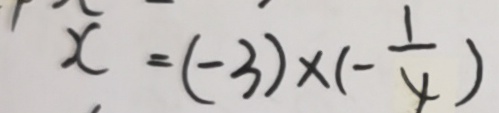
x = ( - 3 ) \times ( - \frac { 1 } { 4 } )